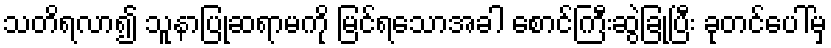
သတိရလာ၍ သူနာပြုဆရာမကို မြင်ရသောအခါ စောင်ကြီးဆွဲခြုံပြီး ခုတင်ပေါ်မှ